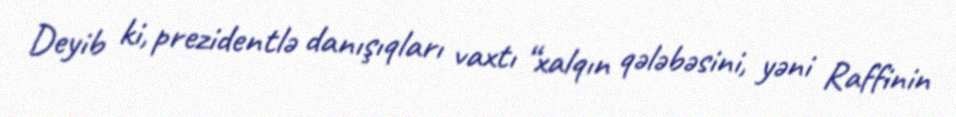
Deyib ki, prezidentlə danışıqları vaxtı “xalqın qələbəsini, yəni Raffinin